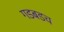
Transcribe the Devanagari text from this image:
गडबडच